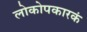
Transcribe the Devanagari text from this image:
लोकोपकारकं